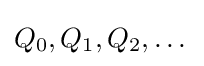
Q_{0},Q_{1},Q_{2},\dots